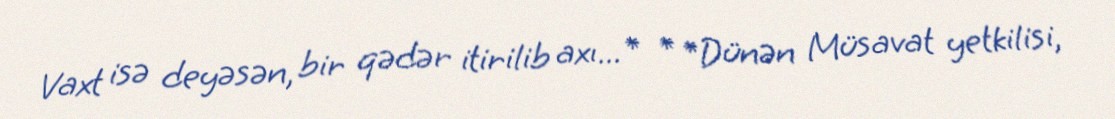
Vaxt isə deyəsən, bir qədər itirilib axı...* * *Dünən Müsavat yetkilisi,